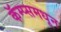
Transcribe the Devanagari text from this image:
कॅम्प्समधून